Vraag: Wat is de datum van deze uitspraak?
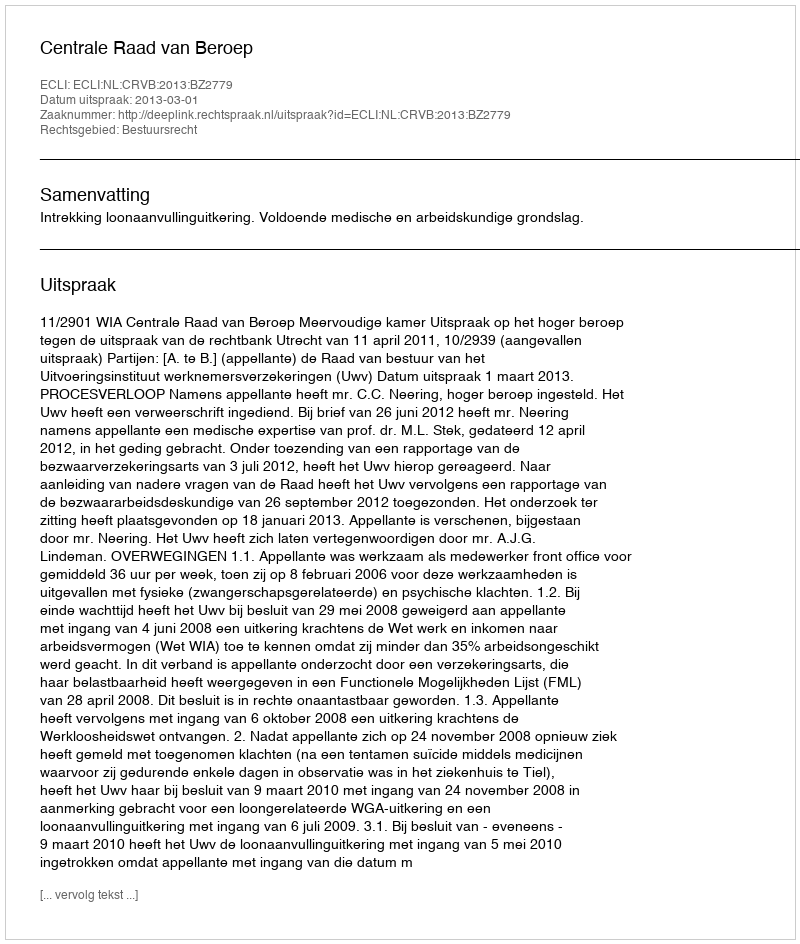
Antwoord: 2013-03-01